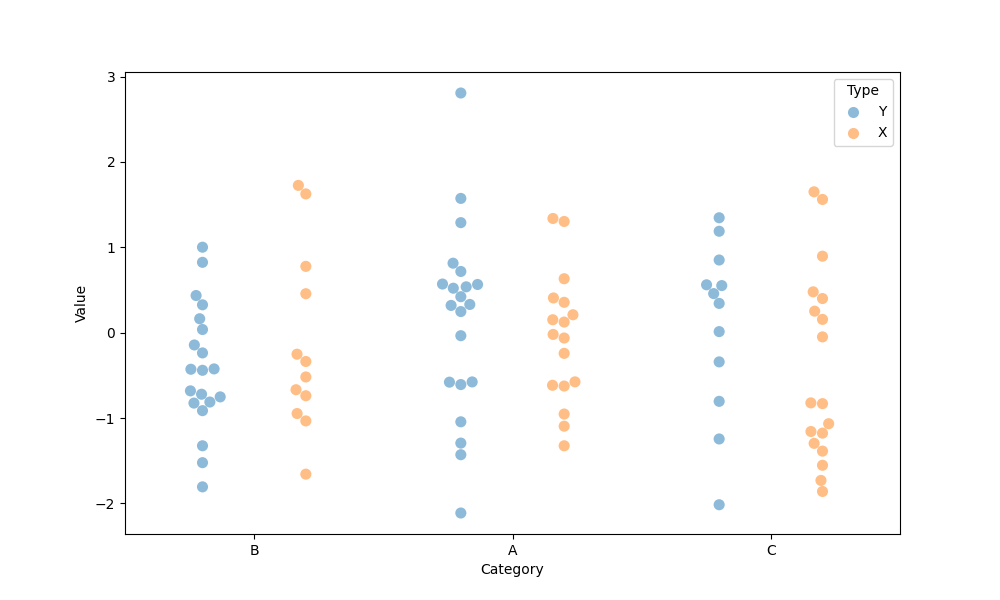
python, seaborn, swarmplot, dodge=True, alpha=0.5, size=8